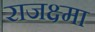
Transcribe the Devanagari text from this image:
राजक्ष्मा